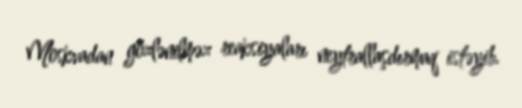
Moskvadan gözlənilməz reaksiyaları neytrallaşdırmaq istəyib.